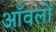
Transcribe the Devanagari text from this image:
आँवलों